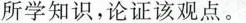
所学知识，论证该观点。